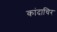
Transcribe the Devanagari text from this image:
कांदाचिर